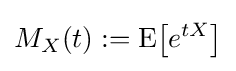
M_{X}(t):=\operatorname {E} \!\left[e^{tX}\right]